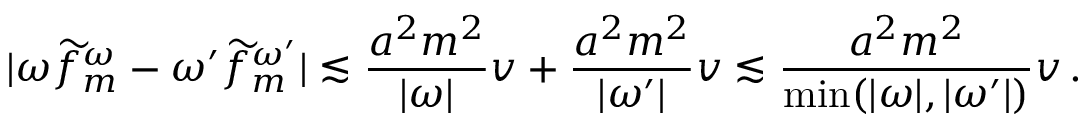
| \omega \widetilde { f } _ { m } ^ { \omega } - { \omega ^ { \prime } } \widetilde { f } _ { m } ^ { \omega ^ { \prime } } | \lesssim \frac { a ^ { 2 } m ^ { 2 } } { | \omega | } v + \frac { a ^ { 2 } m ^ { 2 } } { | \omega ^ { \prime } | } v \lesssim \frac { a ^ { 2 } m ^ { 2 } } { \operatorname* { m i n } ( | \omega | , | \omega ^ { \prime } | ) } v \, .